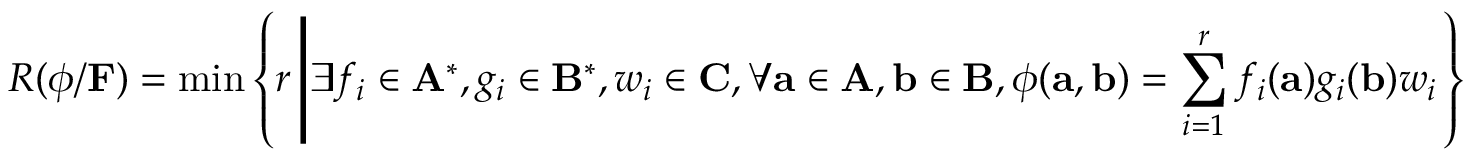
R ( \phi / \mathbf { F } ) = \operatorname* { m i n } \left\{ r \left| \exists f _ { i } \in \mathbf { A } ^ { * } , g _ { i } \in \mathbf { B } ^ { * } , w _ { i } \in \mathbf { C } , \forall \mathbf { a } \in \mathbf { A } , \mathbf { b } \in \mathbf { B } , \phi ( \mathbf { a } , \mathbf { b } ) = \sum _ { i = 1 } ^ { r } f _ { i } ( \mathbf { a } ) g _ { i } ( \mathbf { b } ) w _ { i } \right. \right\}